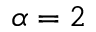
\alpha = 2